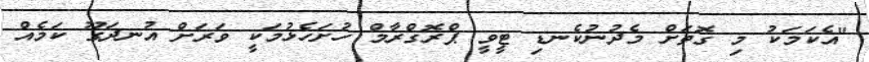
"އެކަމަކު މި ގޮތަށް މެދުނުކެނޑި ޓީވީ ޕްރޮގްރާމް ހުށަހެޅުމަކީ ވަރަށް އުނދަގޫ ކަމެއް